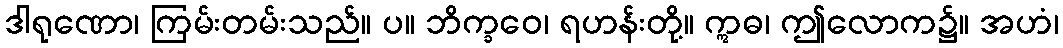
ဒါရုဏော၊ ကြမ်းတမ်းသည်။ ပ။ ဘိက္ခဝေ၊ ရဟန်းတို့။ ဣဓ၊ ဤလောက၌။ အဟံ၊